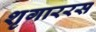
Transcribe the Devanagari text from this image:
शृगाररस